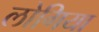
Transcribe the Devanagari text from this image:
लोगिया